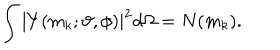
\int \left| Y ( m _ { k } ; \vartheta , \phi ) \right| ^ { 2 } d \Omega = N ( m _ { k } ) .